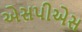
એસપીએસ